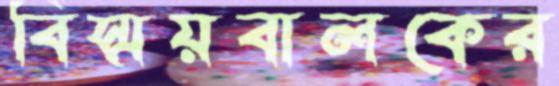
বিস্ময়বালকের